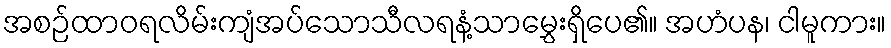
အစဉ်ထာဝရလိမ်းကျံအပ်သောသီလရနံ့သာမွှေးရှိပေ၏။ အဟံပန၊ ငါမူကား။